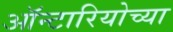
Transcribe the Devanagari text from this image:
ऑन्टारियोच्या